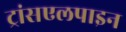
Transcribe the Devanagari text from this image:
ट्रांसएलपाइन